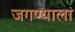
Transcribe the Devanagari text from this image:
जगण्याला